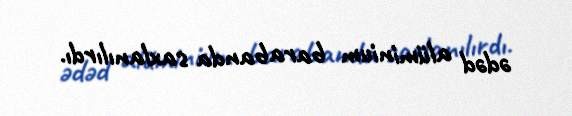
ədəd alüminium barabanda saxlanılırdı.